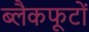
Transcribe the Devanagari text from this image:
ब्लैकफूटों